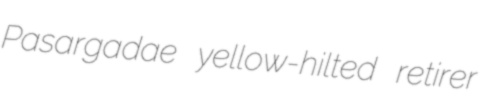
Pasargadae yellow-hilted retirer